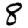
Digit: 8